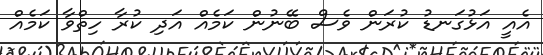
އެއީ އަޅުގަނޑު ކުރަން ވެސް ބޭނުން ކަމެއް އަދި ކުރާ ހިތްވާ ކަމެއް